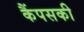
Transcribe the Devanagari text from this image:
कैंपसकी